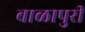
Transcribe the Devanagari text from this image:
बाळापुरी